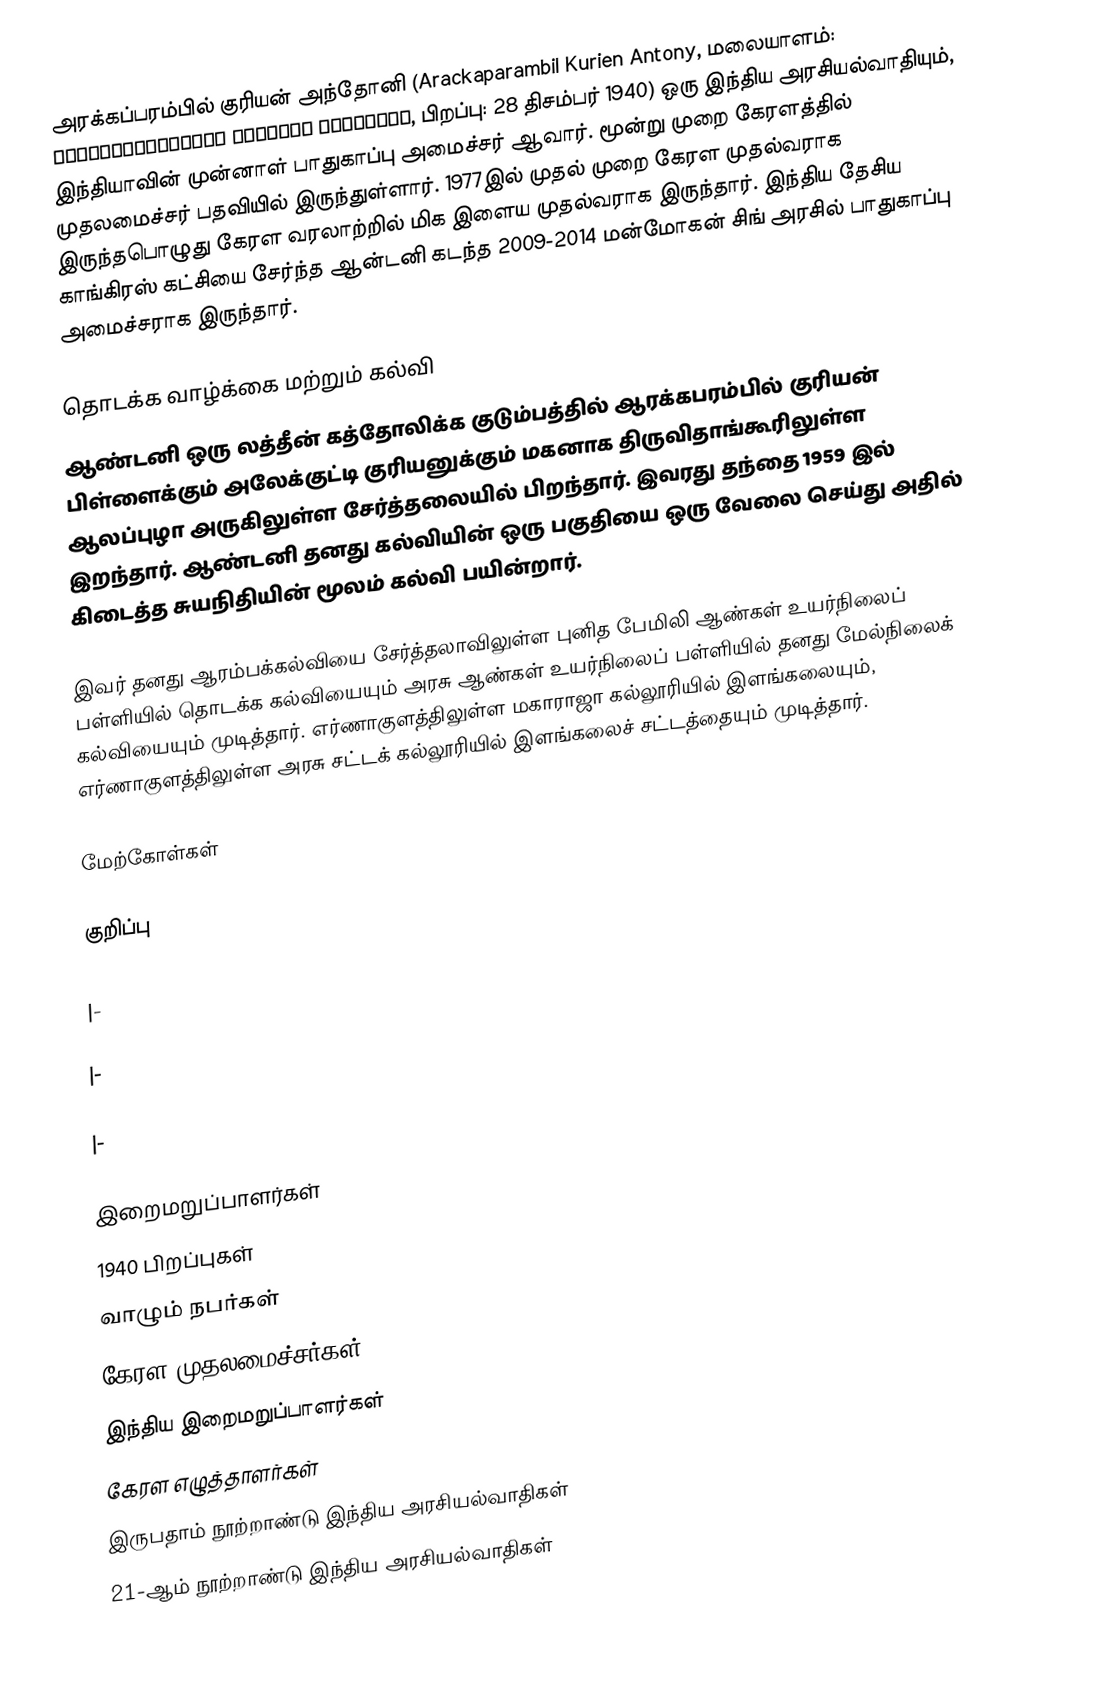
அரக்கப்பரம்பில் குரியன் அந்தோனி (Arackaparambil Kurien Antony, மலையாளம்: അറക്കപ്പറമ്പില് കുര്യന് ആന്റ്റണി, பிறப்பு: 28 திசம்பர் 1940) ஒரு இந்திய அரசியல்வாதியும், இந்தியாவின் முன்னாள் பாதுகாப்பு அமைச்சர் ஆவார். மூன்று முறை கேரளத்தில் முதலமைச்சர் பதவியில் இருந்துள்ளார். 1977இல் முதல் முறை கேரள முதல்வராக இருந்தபொழுது கேரள வரலாற்றில் மிக இளைய முதல்வராக இருந்தார். இந்திய தேசிய காங்கிரஸ் கட்சியை சேர்ந்த ஆன்டனி கடந்த 2009-2014 மன்மோகன் சிங் அரசில் பாதுகாப்பு அமைச்சராக இருந்தார்.

தொடக்க வாழ்க்கை மற்றும் கல்வி
ஆண்டனி ஒரு லத்தீன் கத்தோலிக்க குடும்பத்தில்   ஆரக்கபரம்பில் குரியன் பிள்ளைக்கும் அலேக்குட்டி குரியனுக்கும் மகனாக திருவிதாங்கூரிலுள்ள ஆலப்புழா அருகிலுள்ள சேர்த்தலையில் பிறந்தார்.  இவரது தந்தை 1959 இல் இறந்தார். ஆண்டனி தனது கல்வியின் ஒரு பகுதியை ஒரு வேலை செய்து அதில் கிடைத்த சுயநிதியின் மூலம் கல்வி பயின்றார்.

இவர் தனது ஆரம்பக்கல்வியை சேர்த்தலாவிலுள்ள புனித பேமிலி ஆண்கள் உயர்நிலைப் பள்ளியில் தொடக்க கல்வியையும் அரசு ஆண்கள் உயர்நிலைப் பள்ளியில் தனது மேல்நிலைக் கல்வியையும் முடித்தார். எர்ணாகுளத்திலுள்ள மகாராஜா கல்லூரியில் இளங்கலையும், எர்ணாகுளத்திலுள்ள அரசு சட்டக் கல்லூரியில் இளங்கலைச் சட்டத்தையும் முடித்தார்.

மேற்கோள்கள்

குறிப்பு

|-

|-

|-

இறைமறுப்பாளர்கள்
1940 பிறப்புகள்
வாழும் நபர்கள்
கேரள முதலமைச்சர்கள்
இந்திய இறைமறுப்பாளர்கள்
கேரள எழுத்தாளர்கள்
இருபதாம் நூற்றாண்டு இந்திய அரசியல்வாதிகள்
21-ஆம் நூற்றாண்டு இந்திய அரசியல்வாதிகள்